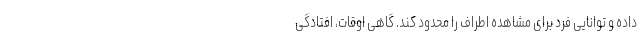
داده و توانایی فرد برای مشاهده اطراف را محدود کند. گاهی اوقات، افتادگی